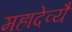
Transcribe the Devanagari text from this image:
महादेव्यै